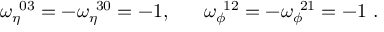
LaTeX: \omega _ { \eta } ^ { ~ 0 3 } = - \omega _ { \eta } ^ { ~ 3 0 } = - 1 , ~ ~ ~ ~ ~ \omega _ { \phi } ^ { ~ 1 2 } = - \omega _ { \phi } ^ { ~ 2 1 } = - 1 ~ .